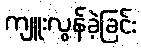
ကျူးလွန်ခဲ့ခြင်း